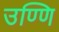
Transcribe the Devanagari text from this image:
उण्णि